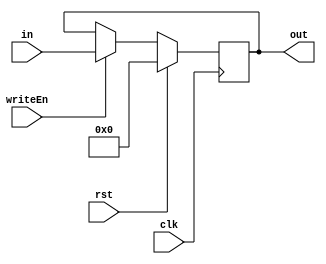
//-----------------stage!!!!!
module register (clk, rst, writeEn, in, out);
  input clk, rst, writeEn;
  input [31:0] in;
  output reg [31:0] out;

  always @ (posedge clk) begin
    if (rst == 1) out <= 0;
    else if (writeEn) out <= in;
  end
endmodule